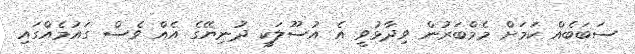
ސަބަބެއް ކަމަށް މެމްބަރުން ވިދާޅުވީ އެ އުސޫލަކީ ދުނިޔޭގެ އެއް ވެސް ގައުމެއްގައި